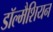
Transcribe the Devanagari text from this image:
डॉल्मैशियन